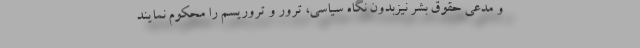
و مدعی حقوق بشر نیزبدون نگاه سیاسی، ترور و تروریسم را محکوم نمایند